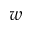
w